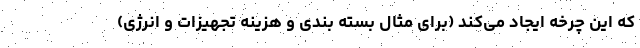
که این چرخه ایجاد می‌کند (برای مثال بسته بندی و هزینه تجهیزات و انرژی)